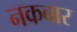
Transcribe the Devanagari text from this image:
नकबार